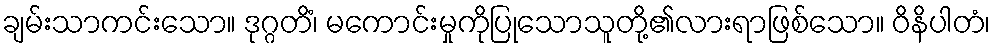
ချမ်းသာကင်းသော။ ဒုဂ္ဂတိံ၊ မကောင်းမှုကိုပြုသောသူတို့၏လားရာဖြစ်သော။ ဝိနိပါတံ၊